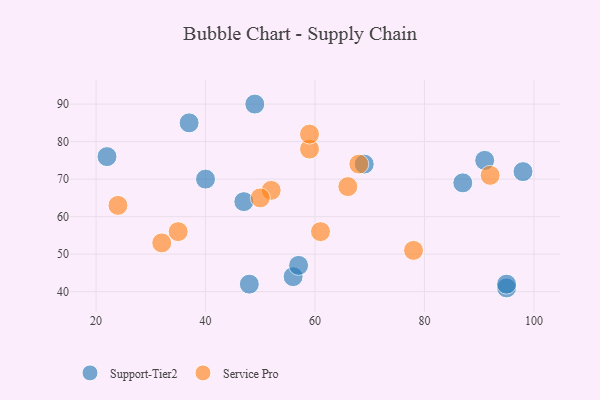
{"axis": {"x": "GDP", "y": "Life Expectancy"}, "legend": ["Service Pro", "Support-Tier2"], "data": [{"x": "69", "y": 74, "type": "Support-Tier2"}, {"x": "37", "y": 85, "type": "Support-Tier2"}, {"x": "95", "y": 41, "type": "Support-Tier2"}, {"x": "22", "y": 76, "type": "Support-Tier2"}, {"x": "56", "y": 44, "type": "Support-Tier2"}, {"x": "95", "y": 42, "type": "Support-Tier2"}, {"x": "47", "y": 64, "type": "Support-Tier2"}, {"x": "57", "y": 47, "type": "Support-Tier2"}, {"x": "98", "y": 72, "type": "Support-Tier2"}, {"x": "87", "y": 69, "type": "Support-Tier2"}, {"x": "91", "y": 75, "type": "Support-Tier2"}, {"x": "49", "y": 90, "type": "Support-Tier2"}, {"x": "40", "y": 70, "type": "Support-Tier2"}, {"x": "48", "y": 42, "type": "Support-Tier2"}, {"x": "32", "y": 53, "type": "Service Pro"}, {"x": "52", "y": 67, "type": "Service Pro"}, {"x": "78", "y": 51, "type": "Service Pro"}, {"x": "66", "y": 68, "type": "Service Pro"}, {"x": "59", "y": 78, "type": "Service Pro"}, {"x": "92", "y": 71, "type": "Service Pro"}, {"x": "50", "y": 65, "type": "Service Pro"}, {"x": "68", "y": 74, "type": "Service Pro"}, {"x": "24", "y": 63, "type": "Service Pro"}, {"x": "61", "y": 56, "type": "Service Pro"}, {"x": "59", "y": 82, "type": "Service Pro"}, {"x": "35", "y": 56, "type": "Service Pro"}]}